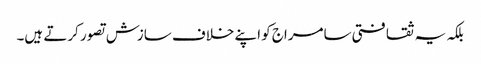
بلکہ یہ ثقافتی سامراج کو اپنے خلاف سازش تصور کرتے ہیں۔